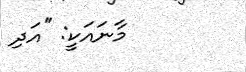
މާނައަކީ: ''އަދި